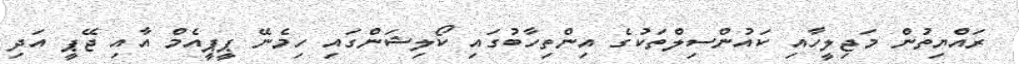
ރައްޔިތުން މަޖިލީހާއި ކައުންސިލްތަކުގެ އިންތިހާބުގައި ކޯލިޝަންގައި ހިމެނޭ ޕީޕީއެމް އާއި ޖޭޕީ އަދި